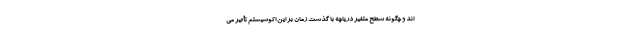
اند و چگونه سطح متغیر دریاچه با گذشت زمان بر این اکوسیستم تأثیر می